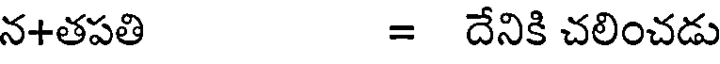
న+తపతి = దేనికి చలించడు